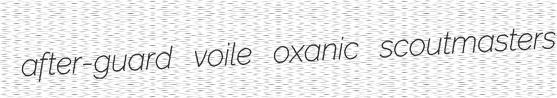
after-guard voile oxanic scoutmasters